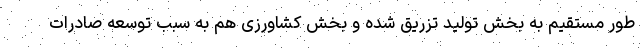
طور مستقیم به بخش تولید تزریق شده و بخش کشاورزی هم به سبب توسعه صادرات